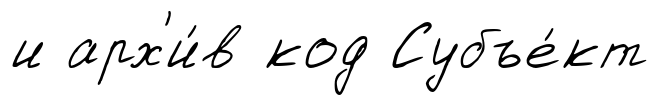
и арх'и́в код Субъе́кт